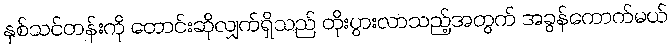
နှစ်သင်တန်းကို တောင်းဆိုလျှက်ရှိသည် တိုးပွားလာသည့်အတွက် အခွန်ကောက်မယ်